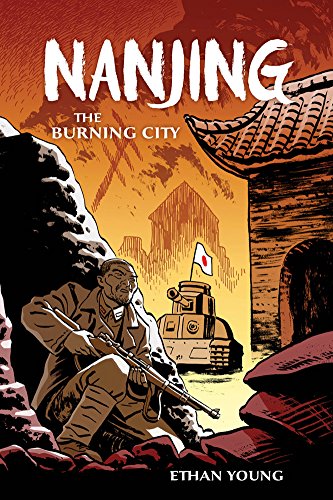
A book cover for Nanjing: The Burning City; Ethan Young; Comics & Graphic Novels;